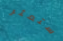
ستعثر